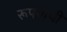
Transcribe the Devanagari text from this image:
रूपयाची